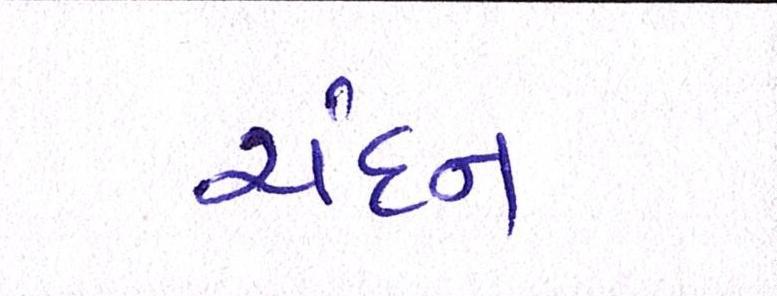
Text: ચંદન